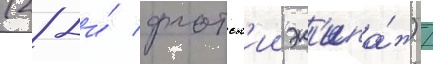
(28-и́ флотск'ии эк'ипа́ж) /